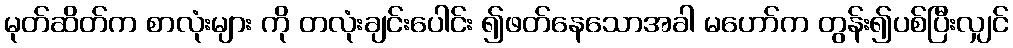
မုတ်ဆိတ်က စာလုံးများ ကို တလုံးချင်းပေါင်း ၍ဖတ်နေသောအခါ မဟော်က တွန်း၍ပစ်ပြီးလျှင်